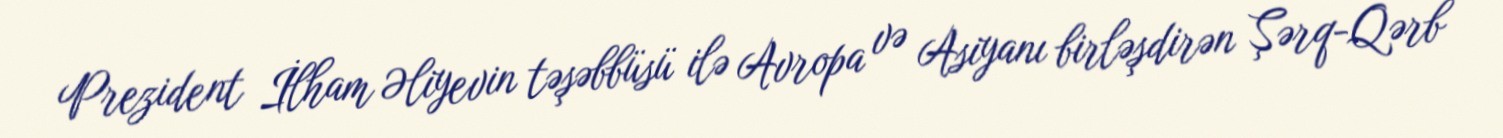
Prezident İlham Əliyevin təşəbbüsü ilə Avropa və Asiyanı birləşdirən Şərq-Qərb